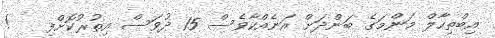
އިބްތިހާލް މަންމަގެ ބަންދަށް އަނެއްކާވެސް 15 ދުވަސް އިތުރުކޮށްފި   !